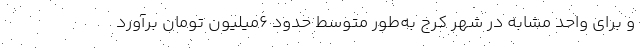
و برای واحد مشابه در شهر کرج به‌طور متوسط حدود 6میلیون تومان برآورد